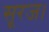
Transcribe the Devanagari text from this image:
सूरज।